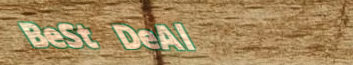
BeSt DeAl